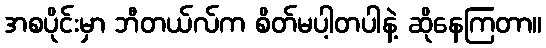
အစပိုင်းမှာ ဘီတယ်လ်က စိတ်မပါ့တပါနဲ့ ဆိုနေကြတာ။